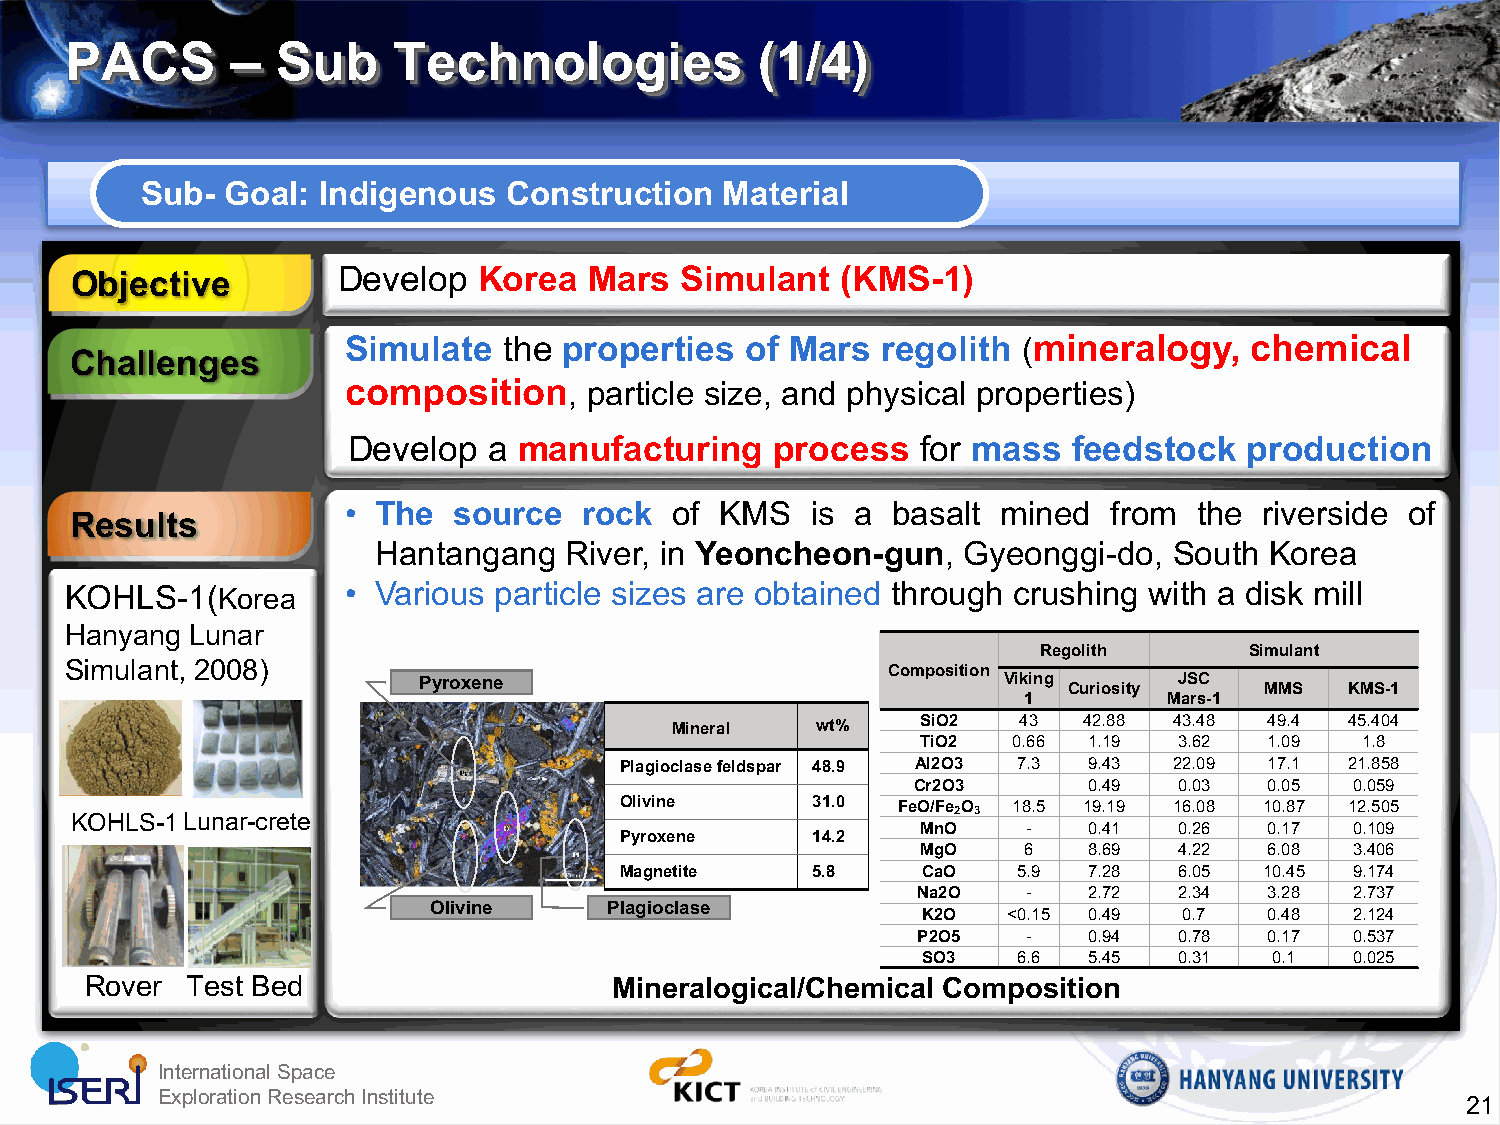
PACS       –  Sub     Technologies            (1/4)
 Sub-  Goal: Indigenous  Construction   Material
 Objective        Develop   Korea  Mars  Simulant   (KMS-1)
 Simulate  the properties  of Mars  regolith  (mineralogy,   chemical
 Challenges
 composition,    particle size, and physical properties)
 Develop  a manufacturing    process   for mass  feedstock   production
 • The  source   rock of  KMS   is a basalt mined   from the  riverside of
 Results
 Hantangang  River, in Yeoncheon-gun,   Gyeonggi-do,  South Korea
 KOHLS-1(Korea      • Various particle sizes are obtained through crushing with a disk mill
 Hanyang  Lunar
 Regolith      Simulant
 Simulant, 2008)                                        Composition
 Pyroxene                              Viking      JSC
 Curiosity    MMS  KMS-1
 1        Mars-1
 Mineral   wt%    SiO2  43   42.88 43.48 49.4 45.404
 TiO2  0.66 1.19  3.62  1.09  1.8
 Plagioclasefeldspar 48.9 Al2O3 7.3 9.43 22.09 17.1 21.858
 Cr2O3       0.49  0.03  0.05  0.059
 Olivine      31.0 FeO/Fe O 18.5 19.19 16.08 10.87 12.505
 KOHLS-1Lunar-crete                                        2 3
 MnO    -   0.41  0.26  0.17  0.109
 Pyroxene     14.2
 MgO    6   8.69  4.22  6.08  3.406
 Magnetite    5.8    CaO   5.9  7.28  6.05  10.45 9.174
 Na2O   -   2.72  2.34  3.28  2.737
 Olivine     Plagioclase
 K2O   <0.15 0.49 0.7   0.48  2.124
 P2O5   -   0.94  0.78  0.17  0.537
 SO3   6.6  5.45  0.31  0.1   0.025
 Rover Test Bed                     Mineralogical/Chemical Composition
 IInntteerrnnaattiioonnaall SSppaaccee
 EExxpplloorraattiioonn RReesseeaarrcchh IInnssttiittuuttee
 21